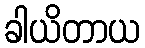
ခါယိတာယ